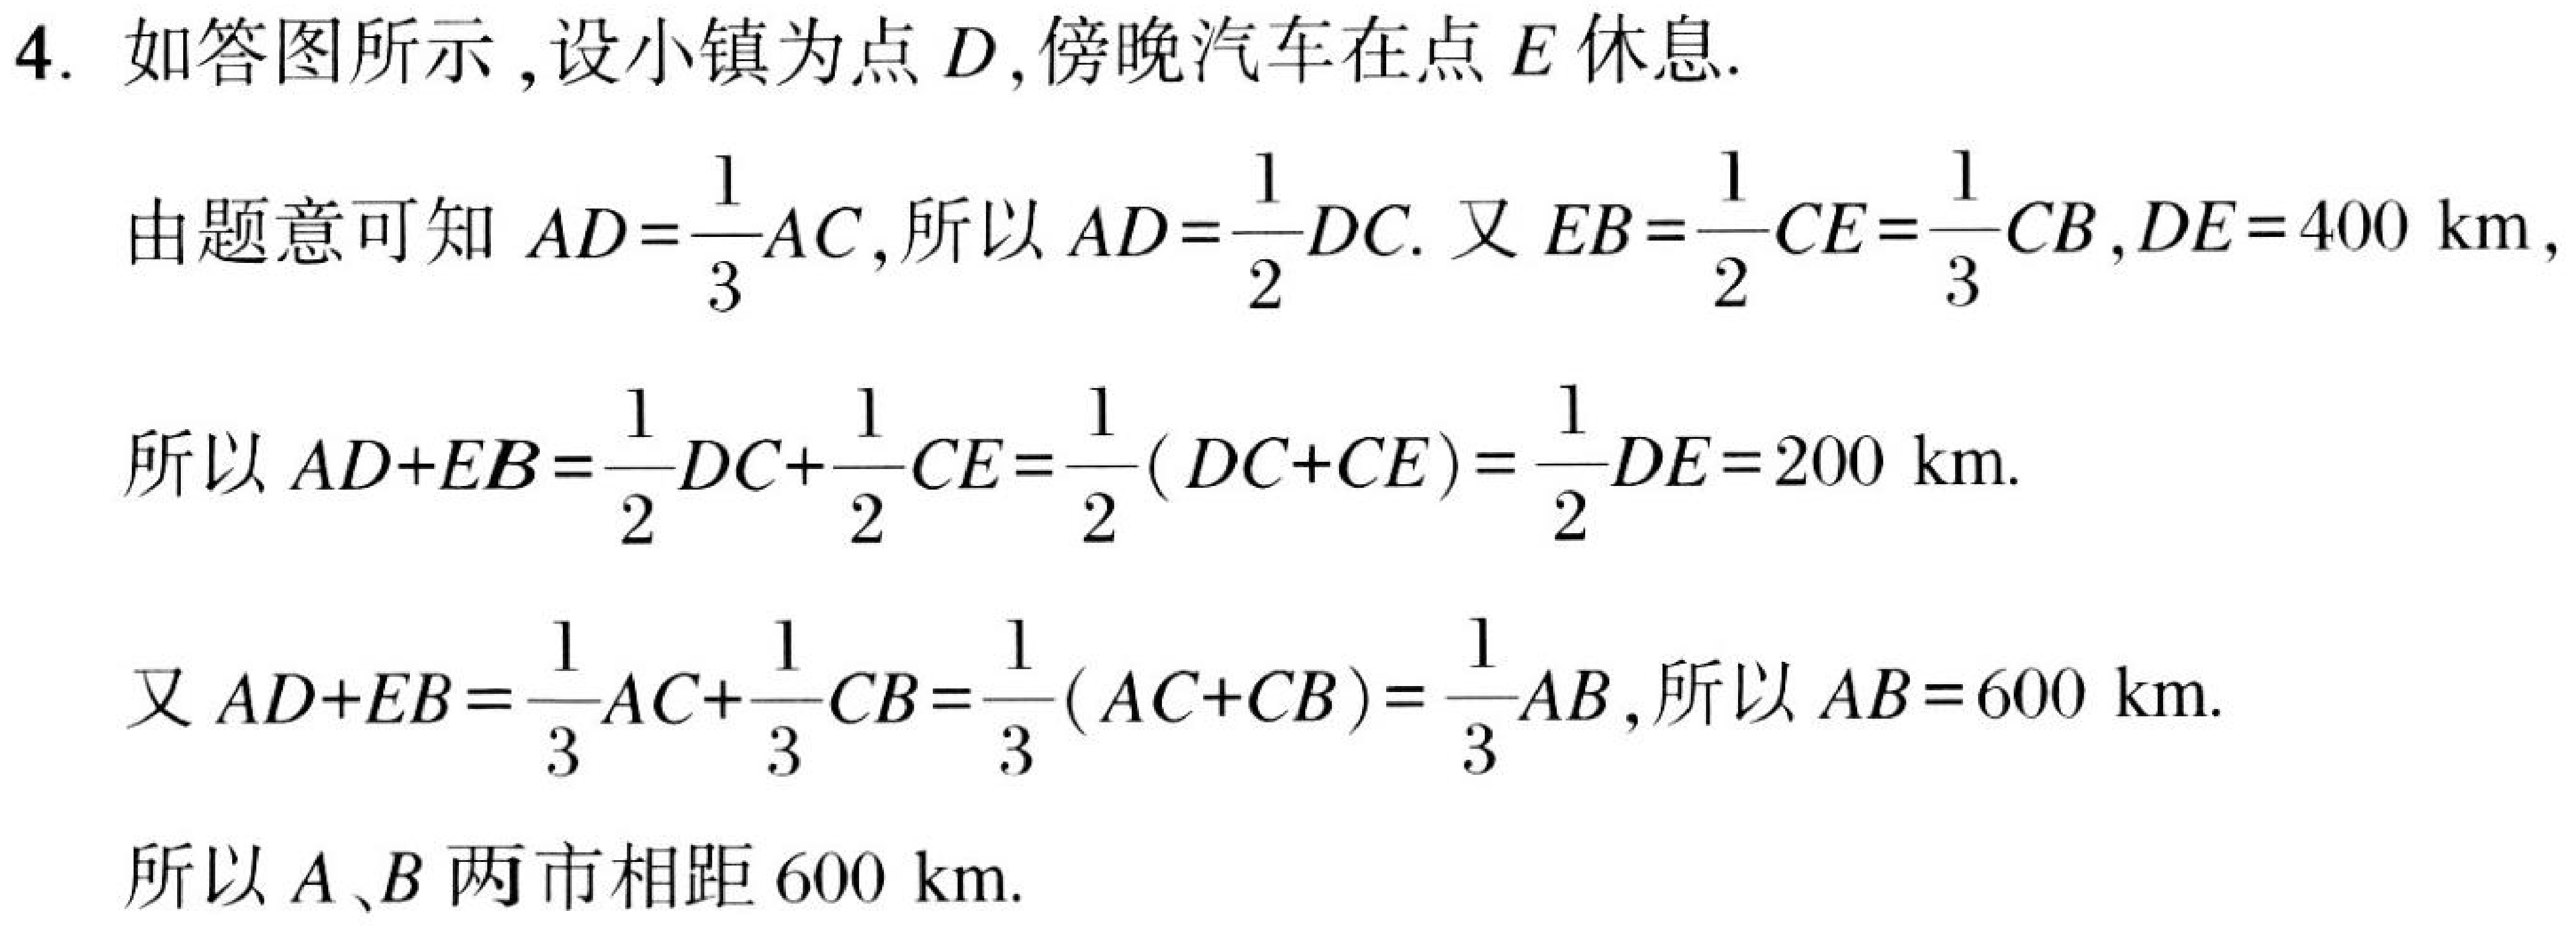
4. 如答图所示,设小镇为点\(D\),傍晚汽车在点\(E\)休息.
由题意可知\(AD = \dfrac{1}{3}AC\),所以\(AD=\dfrac{1}{2}DC\). 又\(EB=\dfrac{1}{2}CE=\dfrac{1}{3}CB\),\(DE = 400\ \text{km}\),
所以\(AD + EB=\dfrac{1}{2}DC+\dfrac{1}{2}CE=\dfrac{1}{2}(DC + CE)=\dfrac{1}{2}DE = 200\ \text{km}\).
又\(AD + EB=\dfrac{1}{3}AC+\dfrac{1}{3}CB=\dfrac{1}{3}(AC + CB)=\dfrac{1}{3}AB\),所以\(AB = 600\ \text{km}\).
所以\(A、B\)两市相距\(600\ \text{km}\).